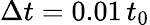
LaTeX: \Delta t=0.01\, t_{0}